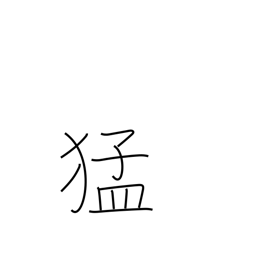
Meaning: strength